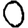
Digit: 0